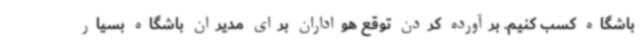
باشگاه کسب کنیم. برآورده کردن توقع هواداران برای مدیران باشگاه بسیار